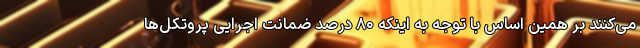
می‌کنند بر همین اساس با توجه به اینکه ۸۰ درصد ضمانت اجرایی پروتکل‌ها